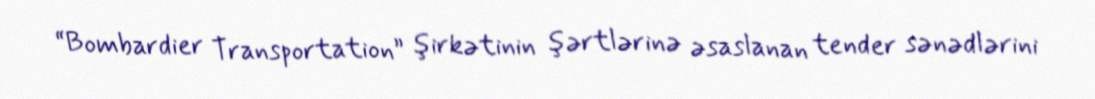
“Bombardier Transportation” şirkətinin şərtlərinə əsaslanan tender sənədlərini